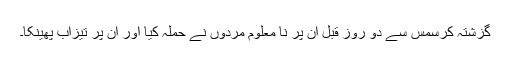
گزشتہ کرسمس سے دو روز قبل ان پر نا معلوم مردوں نے حملہ کیا اور ان پر تیزاب پھینکا۔